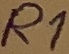
Text: R1